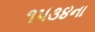
૧૫૩૪ના